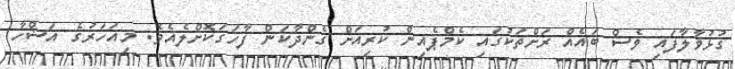
ގުޅުވާލާފައި ވެސް ބައެއް ރަށްތަކުގައި ކެމްޕެއިން ކުރިއަށް ގެންދާކަން ފާހަގަކޮށްލެއެވެ. މިއަހަރުގެ އަޟްހާ